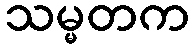
သမ္မတက